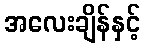
အလေးချိန်နှင့်